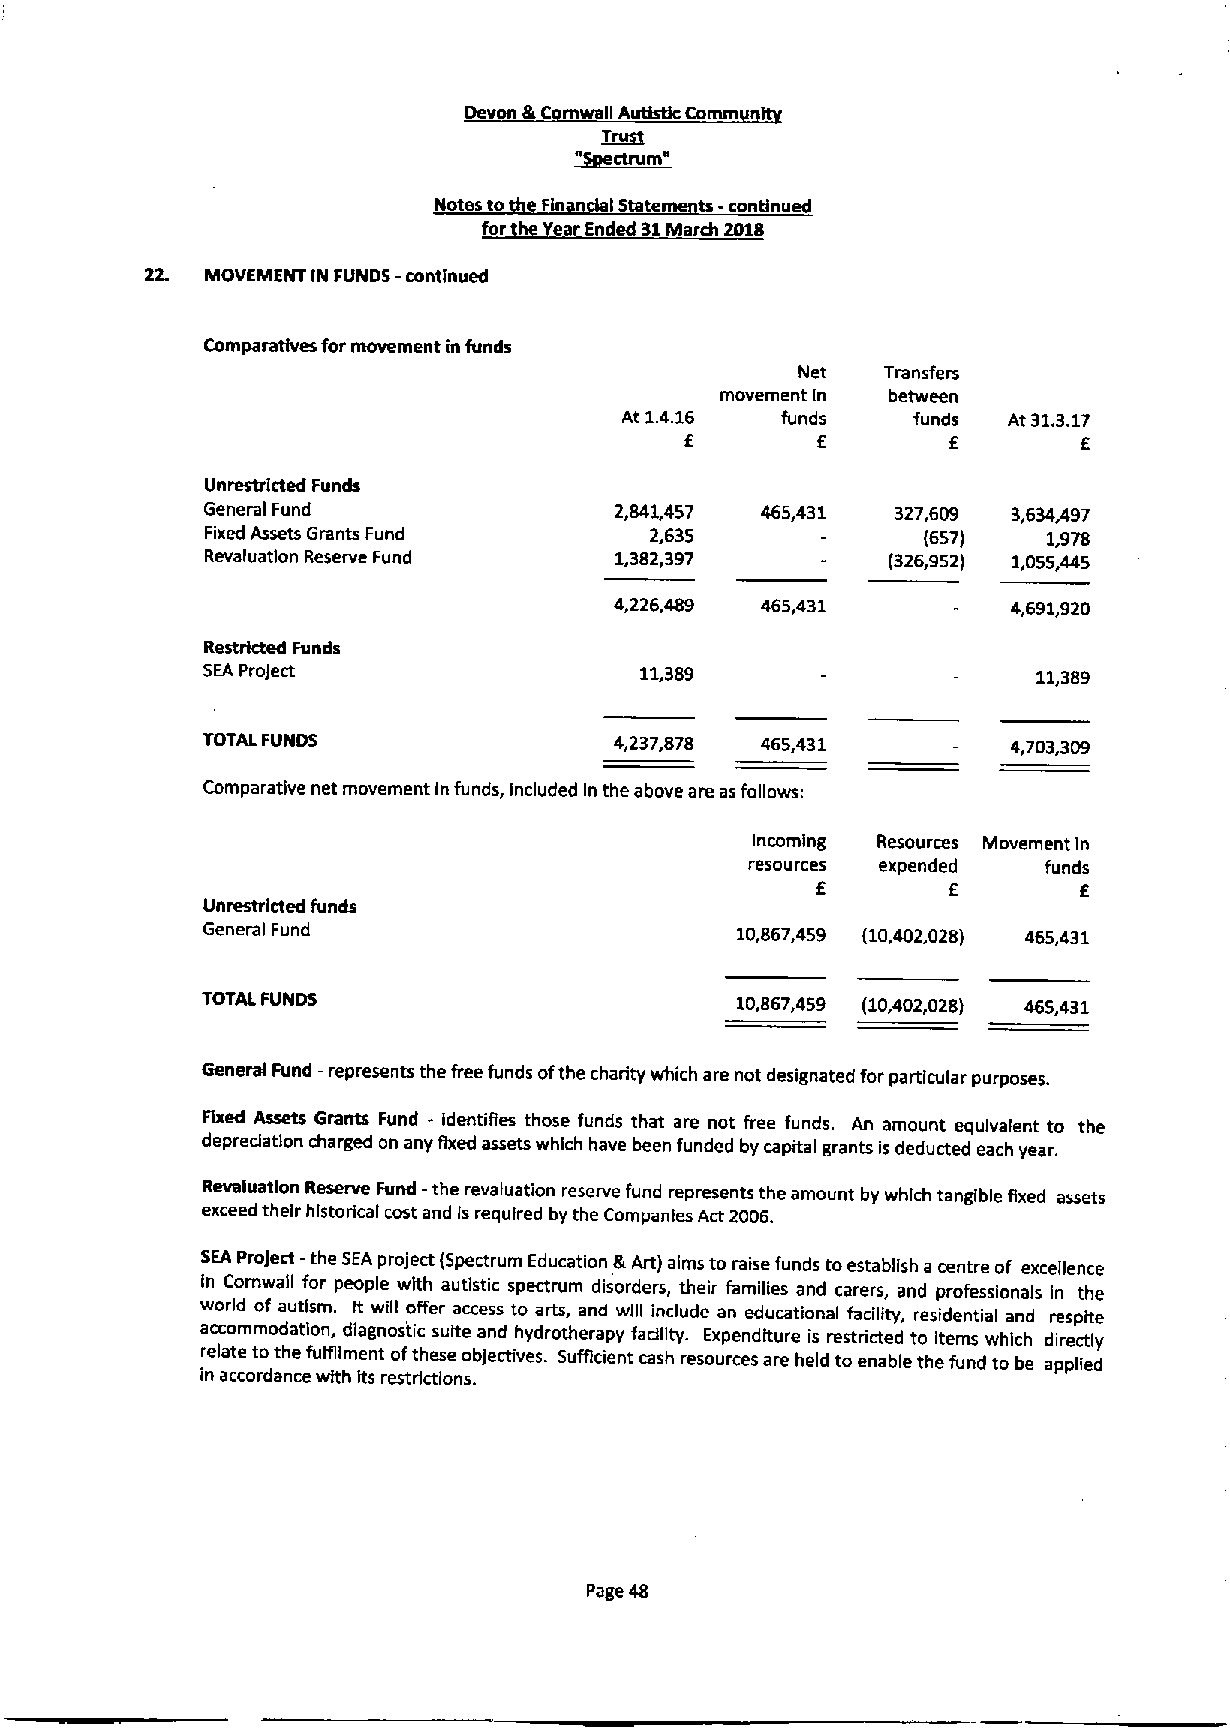
Devon & m IIAuffstkComm
 Trugt
 Notes to   IState ts -continued
 for  ear Ended 31March 2018
 22. MOVEMENT IN FUNDS -continued
 Comparatlves for movement in funds
 Net  Transfers
 movement In between
 At 1.4.16  funds   funds  At 31.3.17
 E        E        E        E
 Unrestricted Funds
 GeneralFund                2,841,457 465,431 327,609 3,634,497
 Fixed Assets Grants Fund     2,635             (657)   1,978
 Revaluation Reserve Fund   1,382,397         (326,952) 1,055,445
 4,226,489 465,431         4,691,920
 Restrkted Funds
 SEAProject                   11,389                     11,389
 TOTAL FUNDS                 4,237,878 465,431         4,703,309
 Comparative net movement in funds, Included In the above are asfollows:
 Incoming Resources Movement ln
 resources expended funds
 E        E       E
 Unrestricted funds
 GeneralFund                         10,867,459 (10,402,028) 465,431
 TOTAL FUNDS                         10,867,459 (10,402,028) 465,431
 General Fund -represents the free funds ofthe charity which are not designated for particular purposes.
 Fixed Assets Grants Fund - identifies those funds that are not free funds. An amount equivalent to the
 depredation charged on any fixed assets which have been funded by capital grants is deducted each year.
 Revaluation Reserve Fund -the revaluation reserve fund represents the amount by which tangible Rxed assets
 exceed their historical cost and is required by the Companies Act 2006.
 SEAProject —the SEAproject (Spectrum Education &Art) aims to raise funds toestablish a centre of excellence
 in Comwall for people with autistic spectrum disorders, their families and carers, and professionals in the
 world of autism. It will offer access to arts, and will include an educational facility, residential and respite
 accommodation, diagnostic suite and hydrotherapy fadllty. Expenditure is restricted to items which directly
 relate tothe fulfilment ofthese objectives. Sufficient cash resources are held to enable the fund to be applied
 in accordance with Its restrictions.
 Page 48